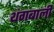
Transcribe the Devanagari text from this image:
थंगबाली